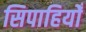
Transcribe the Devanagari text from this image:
सिपाहियोँ